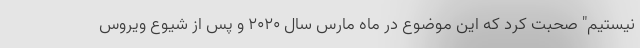
نیستیم" صحبت کرد که این موضوع در ماه مارس سال ۲۰۲۰ و پس از شیوع ویروس